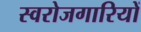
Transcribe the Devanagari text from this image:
स्वरोजगारियों